Annual administration report of the Civil Veterinary Department of India - 1894-1895
Year: 1894
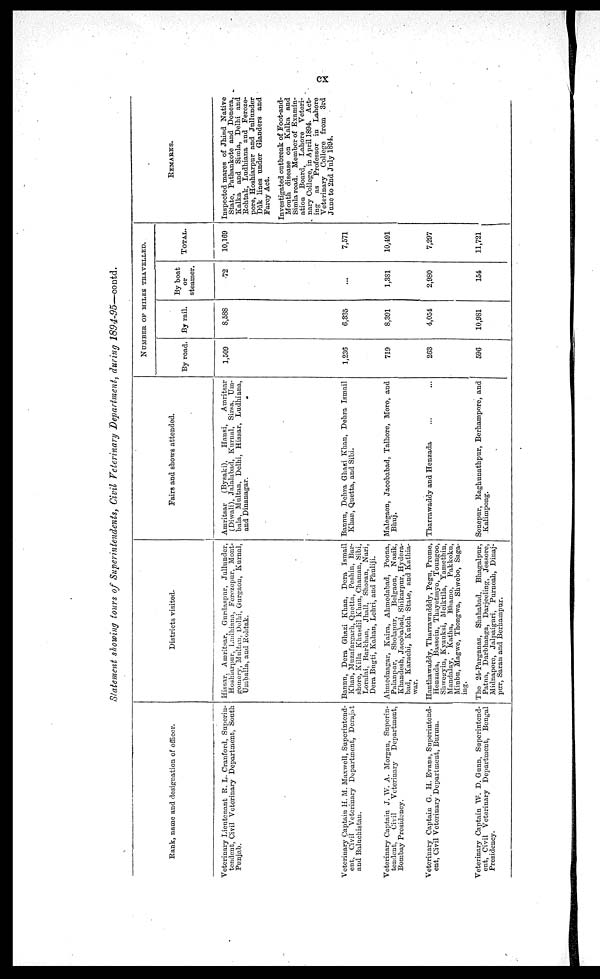
cx
Statement showing tours of Superintendents, Civil Veterinary Department, during 1894-95—contd.
Bank, name and designation of officer.
Veterinary Lieutenant R. L. Cranford, Superin-
tendent, Civil Veterinary Department, South
Punjab.
Veterinary Captain H. M. Maxwell, Superintend-
ent, Civil Veterinary Department, Derajat
and Baluchistan.
Veterinary Captain J. W. A. Morgan, Superin-
tendent,
Civil
Veterinary
Department,
Bombay Presidency.
Veterinary Captain G. H. Evans, Superintend-
ent, Civil Veterinary Department, Burma.
Veterinary Captain W. D. Gunn, Superintend-
ent, Civil Veterinary Department, Bengal
Presidency.
Districts visited.
Hissar, Amritsar, Gurdaspur, Jullunder,
Hoshiarpur, Ludhiana, Ferozepur, Mont-
gomery, Multan, Delhi, Gurgaon, Kurnal,
Umballa, and Rohtak.
Bannu, Dera Ghazi Khan, Dera Ismail
Khan, Muzafargarh, Quetta, Peshin, Bar¬
shore, Killa Khusdil Khan, Chaman, Sibi,
Loralai, Barkhan, Jhall, Shoran, Nari,
Dera Bugti, Kahan, Lehri, and Phuliji.
Ahmednagar, Kaira, Ahmedabad, Poona,
Palanpar, Sholapur, Belgaon, Nasik,
Khandesh, Jacohabad, Shikarpur, Hydera¬
bad, Karachi, Kutch State, and Kathia¬
war.
Hanthawaddy, Tharrawadddy, Pegu, Prome,
Henzada, Bassein, Thayetmyo, Toungoo,
Shwegryin, Kyauksi, Meiktila, Yamethin,
Mandalay, Katha, Bhamo, Pakkoku,
Minbu, Magwe, Thongwa, Shwebo, Saga¬
ing.
The 24-Parganas, Shahabad, Bhagalpur,
Patna, Darbhanga, Darjeeling, Jessore,
Midnapore, Jalpaiguri, Purneah, Dinaj¬
pur, Saran and Berhampur.
Fairs and shows attended.
Amritsar (Bysaki),
Hansi,
Amritsar
(Diwali), Jalalabad, Kurnal, Sirsa, Um¬
bala, Multan, Delhi, Hissar, Ludhiana,
and Dinanagar.
Baunu, Dehra Ghazi Khan, Dehra Ismail
Khan, Quetta, and Sibi.
Malegaon, Jacobabad, Talhore, Moro, and
Bhuj.
Tharrawaddy and Henzada ... ...
Sonepur, Raghunathpur, Berhampore, and
Kalimpong.
NUMBER OF MILES TRAVELLED.
By road.
1,509
1,236
719
263
596
By rail.
8,588
6,335
8,391
4,054
10,981
By boat
or
steamer.
72
...
1,381
2,980
154
TOTAL.
10,169
7,571
10,491
7,297
11,721
REMARKS.
Inspected mares of Jhind Native
State, Pathankote and Donera,
Kalka and Simla, Delhi and
Rohtak, Ludhiana and Feroze-
pore, Hoshiarpur and Jullunder
Dak lines under Glanders and
Farcy Act.
Investigated outbreak of Foot-and-
Mouth disease on Kalka and
Simla road. Member of Examin-
ation Board, Lahore Veteri-
nary College, in April 1894. Act-
ing as Professor in Lahore
Veterinary College from 3rd
June to 2nd July 1894.